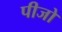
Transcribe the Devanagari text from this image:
पीजो